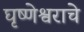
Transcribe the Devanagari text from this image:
घृष्णेश्वराचे